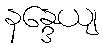
နန္ဒေယျ